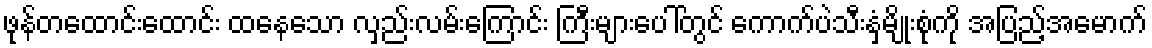
ဖုန်တထောင်းထောင်း ထနေသော လှည်းလမ်းကြောင်း ကြီးများပေါ်တွင် ကောက်ပဲသီးနှံမျိုးစုံကို အပြည့်အမောက်